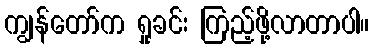
ကျွန်တော်က ရှုခင်း ကြည့်ဖို့လာတာပါ။